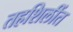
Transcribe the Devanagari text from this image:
तहशिलींत